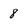
Character: 8